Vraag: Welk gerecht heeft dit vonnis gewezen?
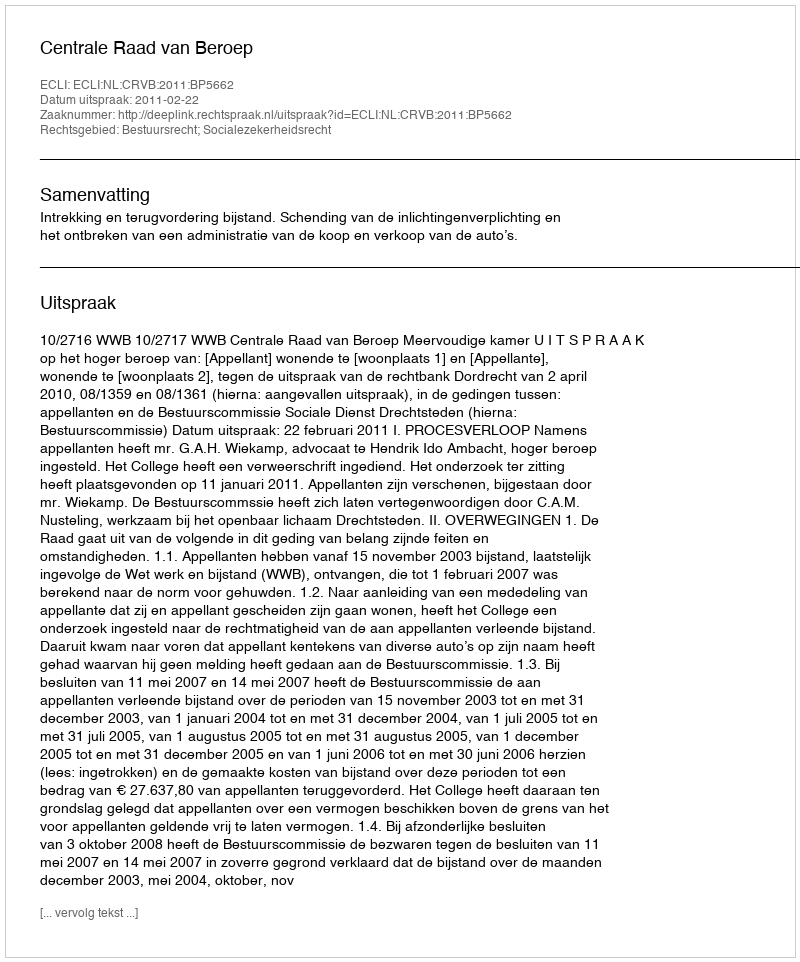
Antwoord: Centrale Raad van Beroep